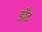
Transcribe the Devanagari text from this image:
डॉँट